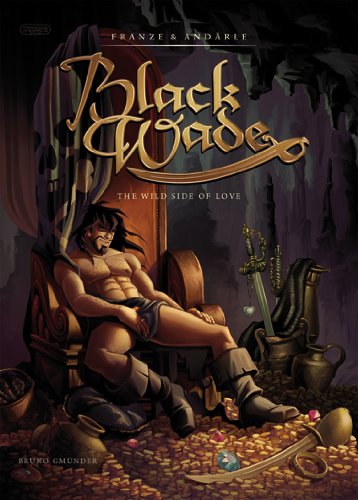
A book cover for Black Wade: The Wild Side of Love; Franze; Comics & Graphic Novels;